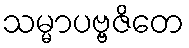
သမ္မာပဗ္ဗဇိတေ